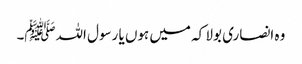
وہ انصاری بولا کہ میں ہوں یا رسول اللہﷺ۔